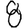
Digit: 8